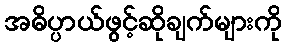
အဓိပ္ပာယ်ဖွင့်ဆိုချက်များကို